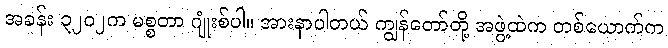
အခန်း ၃၂၀၂က မစ္စတာ ဂျုံးစ်ပါ။ အားနာပါတယ် ကျွန်တော်တို့ အဖွဲ့ထဲက တစ်ယောက်က